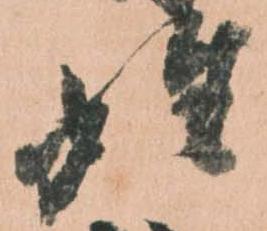
姓